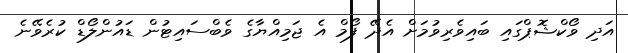
އަދި ވޯކްޝޮޕްގައި ބައިވެރިވުމަށް އެދޭ ފޯމް އެ ޖަމިއްޔާގެ ވެބްސައިޓުން ޑައުންލޯޑް ކުރެވޭނެ